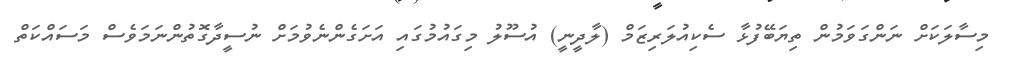
މިސާލަކަށް ނަންގަވަމުން ތިޔަބޭފުޅާ ސެކިއުލަރިޒަމް (ލާދީނީ) އުސޫލު މިގައުމުގައި އަށަގެންނެވުމަށް ނުސީދާގޮތުންނަމަވެސް މަސައްކަތް